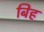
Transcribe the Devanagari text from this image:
बिह